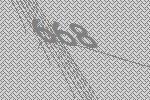
668